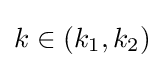
k\in (k_{1},k_{2})